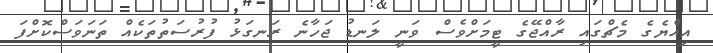
އިއްޔެގެ މެޗްގައި ރާއްޖޭގެ ޓީމަށްވެސް ވަނީ ލަނޑު ޖަހާނެ ރަނގަޅު ފުރުސަތުތަކެއް ތަނަވަސްކޮށްފަ